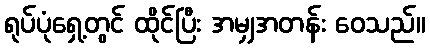
ရုပ်ပုံရှေ့တွင် ထိုင်ပြီး အမျှအတန်း ဝေသည်။